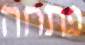
פתחה